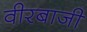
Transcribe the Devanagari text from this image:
वीरबाजी